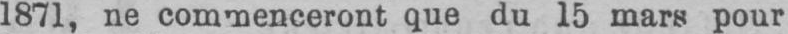
1871, ne commenceront que du 15 mars pour